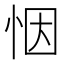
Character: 𢙫